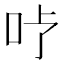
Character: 𱒇